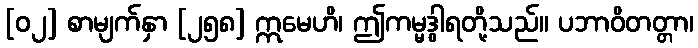
[၀၂] စာမျက်နှာ [၂၅၈] ဣမေဟိ၊ ဤကမ္မဒွါရတို့သည်။ ပဘာဝိတတ္တာ၊